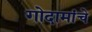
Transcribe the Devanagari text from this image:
गोदामांचे